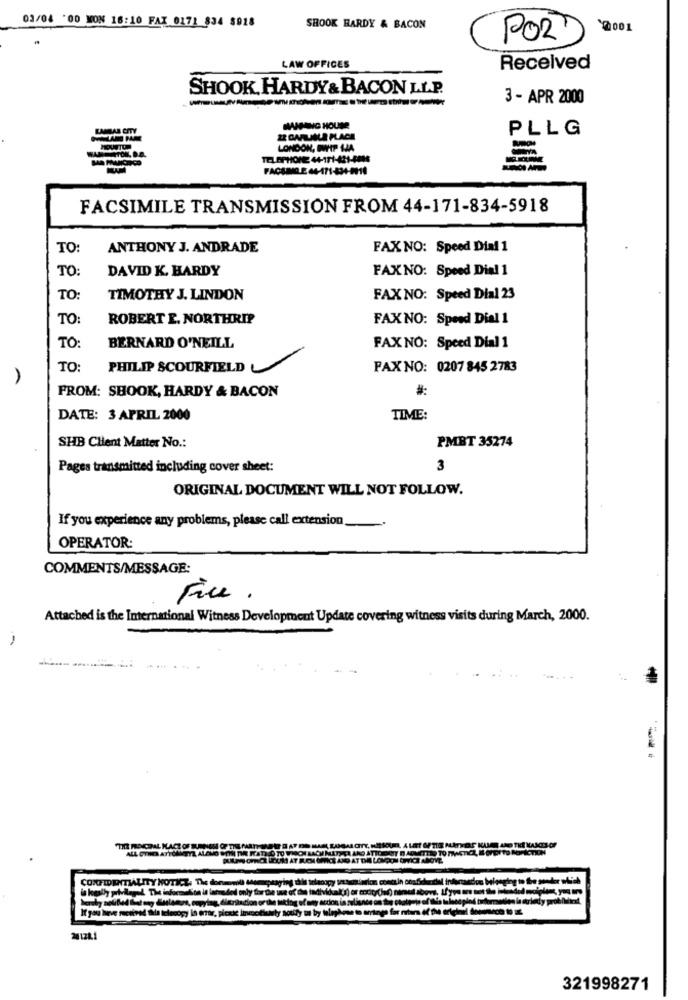
03/04 '00 MON 16:10 FAX 0171 834 8018
SHOOK HARDY & BACON
2001
POR
LAW OFFICES
Received
SHOOK, HARDY& BACON LLP.
3 - APR 2000
MAABIG HOUSE
PLLG
ER GAFILMILA PLACE
LONDON, BUPIP HJA
TELEPHONE 44-171-421-4846
FACSIMIDE 44-171-834-2010
FACSIMILE TRANSMISSION FROM 44-171-834-5918
TO:
ANTHONY J. ANDRADE
FAX NO: Speed Dial 1
TO:
DAVID K. HARDY
FAXNO: Speed Dial 1
TO:
TIMOTHY J. LINDON
FAX NO: Speed Dial 23
TO:
ROBERT E. NORTHRIP
FAXNO: Speed Dial 1
TO:
BERNARD O'NEILL
FAX NO: Speed Dial 1
TO:
PHILIP SCOURFIELD
PAX NO: 0207 845 2783
A
FROM: SBOOK, HARDY & BACON
DATE: 3 APRIL 2000
TIME:
SHB Client Matter No .:
PMBT 35274
Pages transmitted including cover sheet:
3
ORIGINAL DOCUMENT WILL NOT FOLLOW.
If you experience any problems, please call extension
OPERATOR:
COMMENTS/MESSAGE:
Fice .
Attached is the International Witness Development Update covering witness visits during March, 2000.
THE PROCPAL HACE OF RUENON OF THE
CONFIDENTIALITY NOTICE
If you have received the telecogy in error, picnic lincol
24128.1
321998271